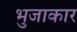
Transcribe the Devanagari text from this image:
भुजाकार